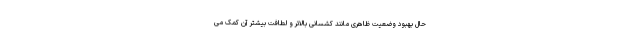
حال بهبود وضعیت ظاهری مانند کشسانی بالاتر و لطافت بیشتر آن کمک می